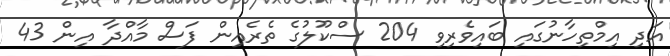
އަދި އިމްތިހާނުގައި ބައިވެރިވި 204 ސްކޫލުގެ ތެރެއިން ފަސް މާއްދާ އިން 43